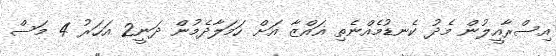
އިސްރާއީލުން މެދު ކެނޑުމެއްނެތި ޣައްޒާ އަށް ހަމަލާދެމުން ދަނީ2 އަހަރު 4 މަސް